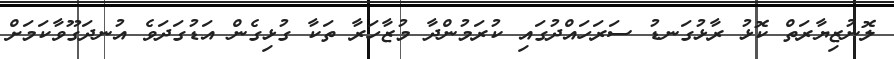
ލޮނުޒިޔާރަތް ކޮޅު ރާޅުގަނޑު ސަރަހައްދުގައި ކުރަމުންދާ މުޒާހަރާ ތަކާ ގުޅިގެން އަޑުގަދަވެ އުނދަގޫވާކަމަށް